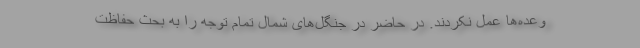
وعده‌ها عمل نکردند. در حاضر در جنگل‌های شمال تمام توجه را به بحث حفاظت